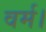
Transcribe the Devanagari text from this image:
वर्म।